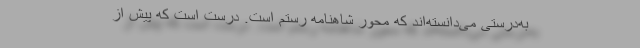
به‌درستی می‌دانسته‌اند که محور شاهنامه رستم است. درست است که پیش از